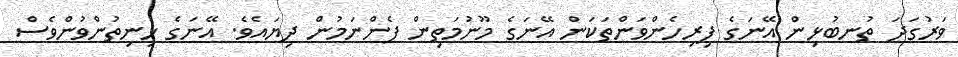
ވަރުގަދަ ތުނބުޅިން އޭނަގެ ފިރިހެންވަންތަކަން އޭނަގެ މޫނުމަތިން ފެންނަމުން ދިޔައެވެ. އޭނަގެ ހިނިތުންވުންވެސް